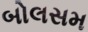
બોલસમ